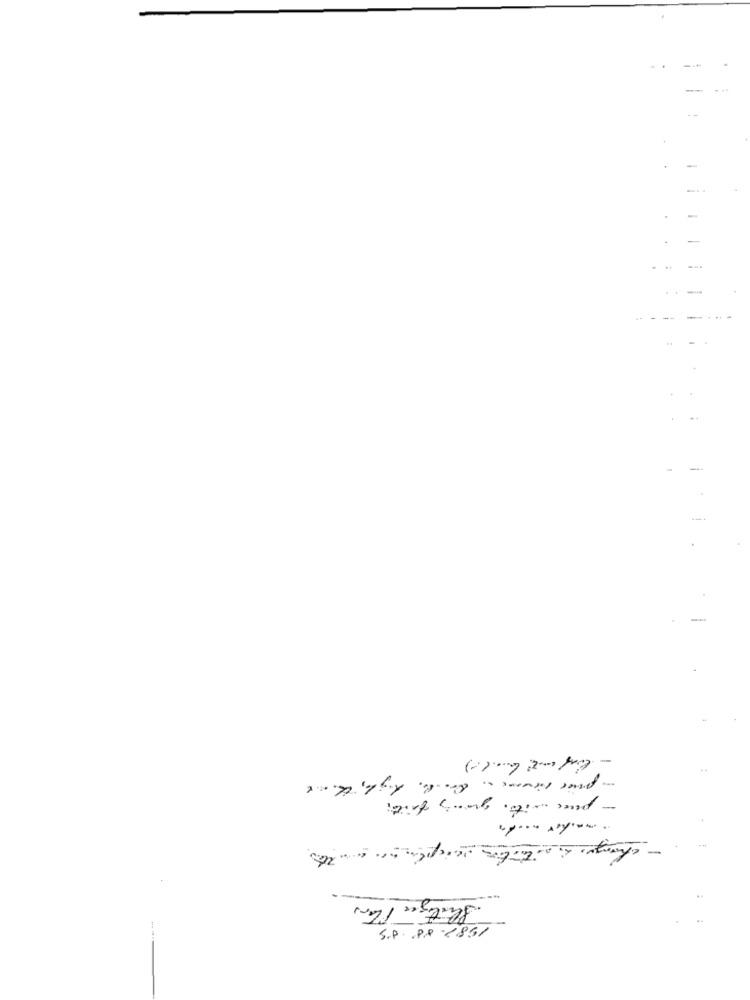
.
-
.
-
-
. ..
- --
- -
.
-
- pass with grans faith
-
Seitige Tter
S.P.P.P .2851